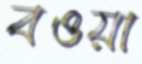
বওয়া